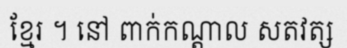
ខ្មែរ ។ នៅ ពាក់កណ្តាល សតវត្ស